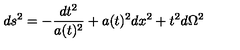
d s ^ { 2 } = - \frac { d t ^ { 2 } } { a ( t ) ^ { 2 } } + a ( t ) ^ { 2 } d x ^ { 2 } + t ^ { 2 } d \Omega ^ { 2 }